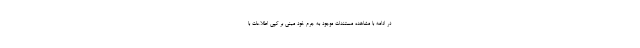
در ادامه با مشاهده مستندات موجود به جرم خود مبنی بر کپی اطلاعات با